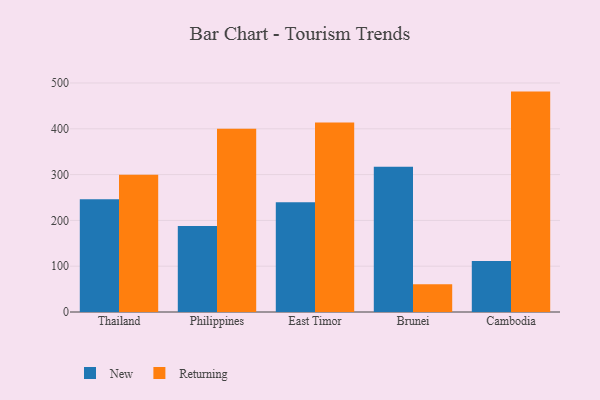
{"axis": {"x": "Country", "y": "Website Visitors"}, "legend": ["New", "Returning"], "data": [{"x": "Thailand", "y": 246.2, "type": "New"}, {"x": "Thailand", "y": 299.5, "type": "Returning"}, {"x": "Philippines", "y": 187.9, "type": "New"}, {"x": "Philippines", "y": 400.3, "type": "Returning"}, {"x": "East Timor", "y": 239.6, "type": "New"}, {"x": "East Timor", "y": 413.9, "type": "Returning"}, {"x": "Brunei", "y": 317.1, "type": "New"}, {"x": "Brunei", "y": 60.5, "type": "Returning"}, {"x": "Cambodia", "y": 111.1, "type": "New"}, {"x": "Cambodia", "y": 481.2, "type": "Returning"}]}